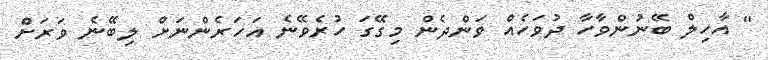
" އާހިލް ބޭނުންވާހާ ދުވަހެއް ވަންދެން މިގޭގަ ހުރެވޭނެ އަހަރެންނަށް ލިބޭނެ ވަރަށް